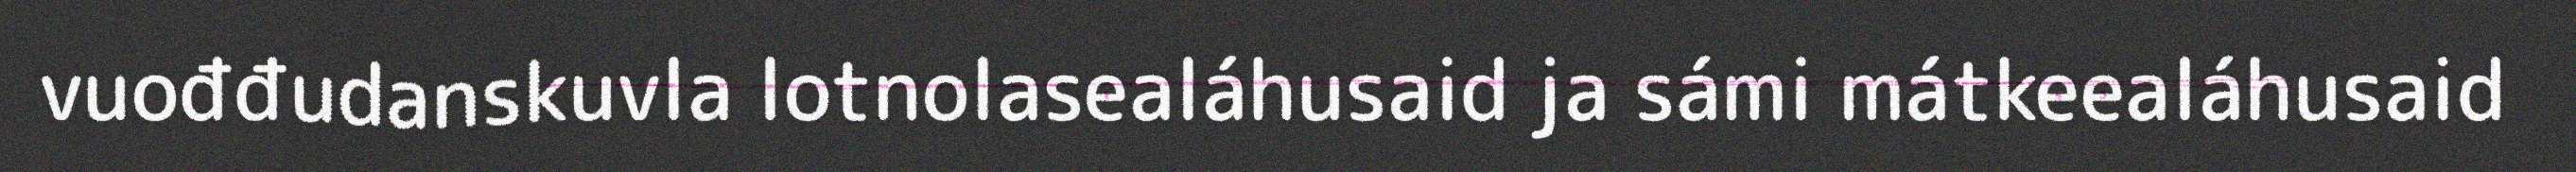
vuođđudanskuvla lotnolasealáhusaid ja sámi mátkeealáhusaid